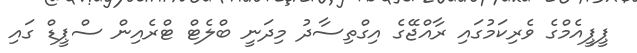
ޕީޕީއެމްގެ ވެރިކަމުގައި ރާއްޖޭގެ އިގްތިސާދު މިދަނީ ބްލެޓް ޓްރެއިން ސްޕީޑް ގައި